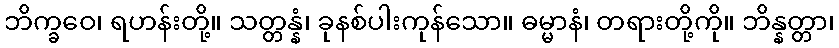
ဘိက္ခဝေ၊ ရဟန်းတို့။ သတ္တန္နံ၊ ခုနစ်ပါးကုန်သော။ ဓမ္မာနံ၊ တရားတို့ကို။ ဘိန္နတ္တာ၊